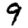
Digit: 9